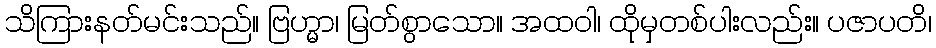
သိကြားနတ်မင်းသည်။ ဗြဟ္မာ၊ မြတ်စွာသော။ အထဝါ၊ ထိုမှတစ်ပါးလည်း။ ပဇာပတိ၊